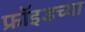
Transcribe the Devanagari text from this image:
फ्राॅइडच्या